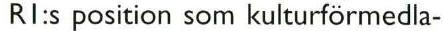
RI:s position som kulturförmedla-